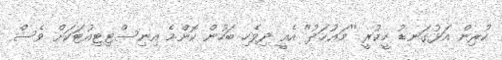
ކުރިން އަޅުގަނޑު ހީކުރީ ''މަޢުހަދު'' އެއީ ދިވެހި ބަހުން ކޮންމެ އިނިސްޓިޓިއުޓަކަށް ވެސް